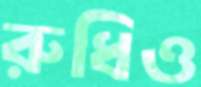
রুধিও